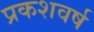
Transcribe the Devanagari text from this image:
प्रकशवर्ष